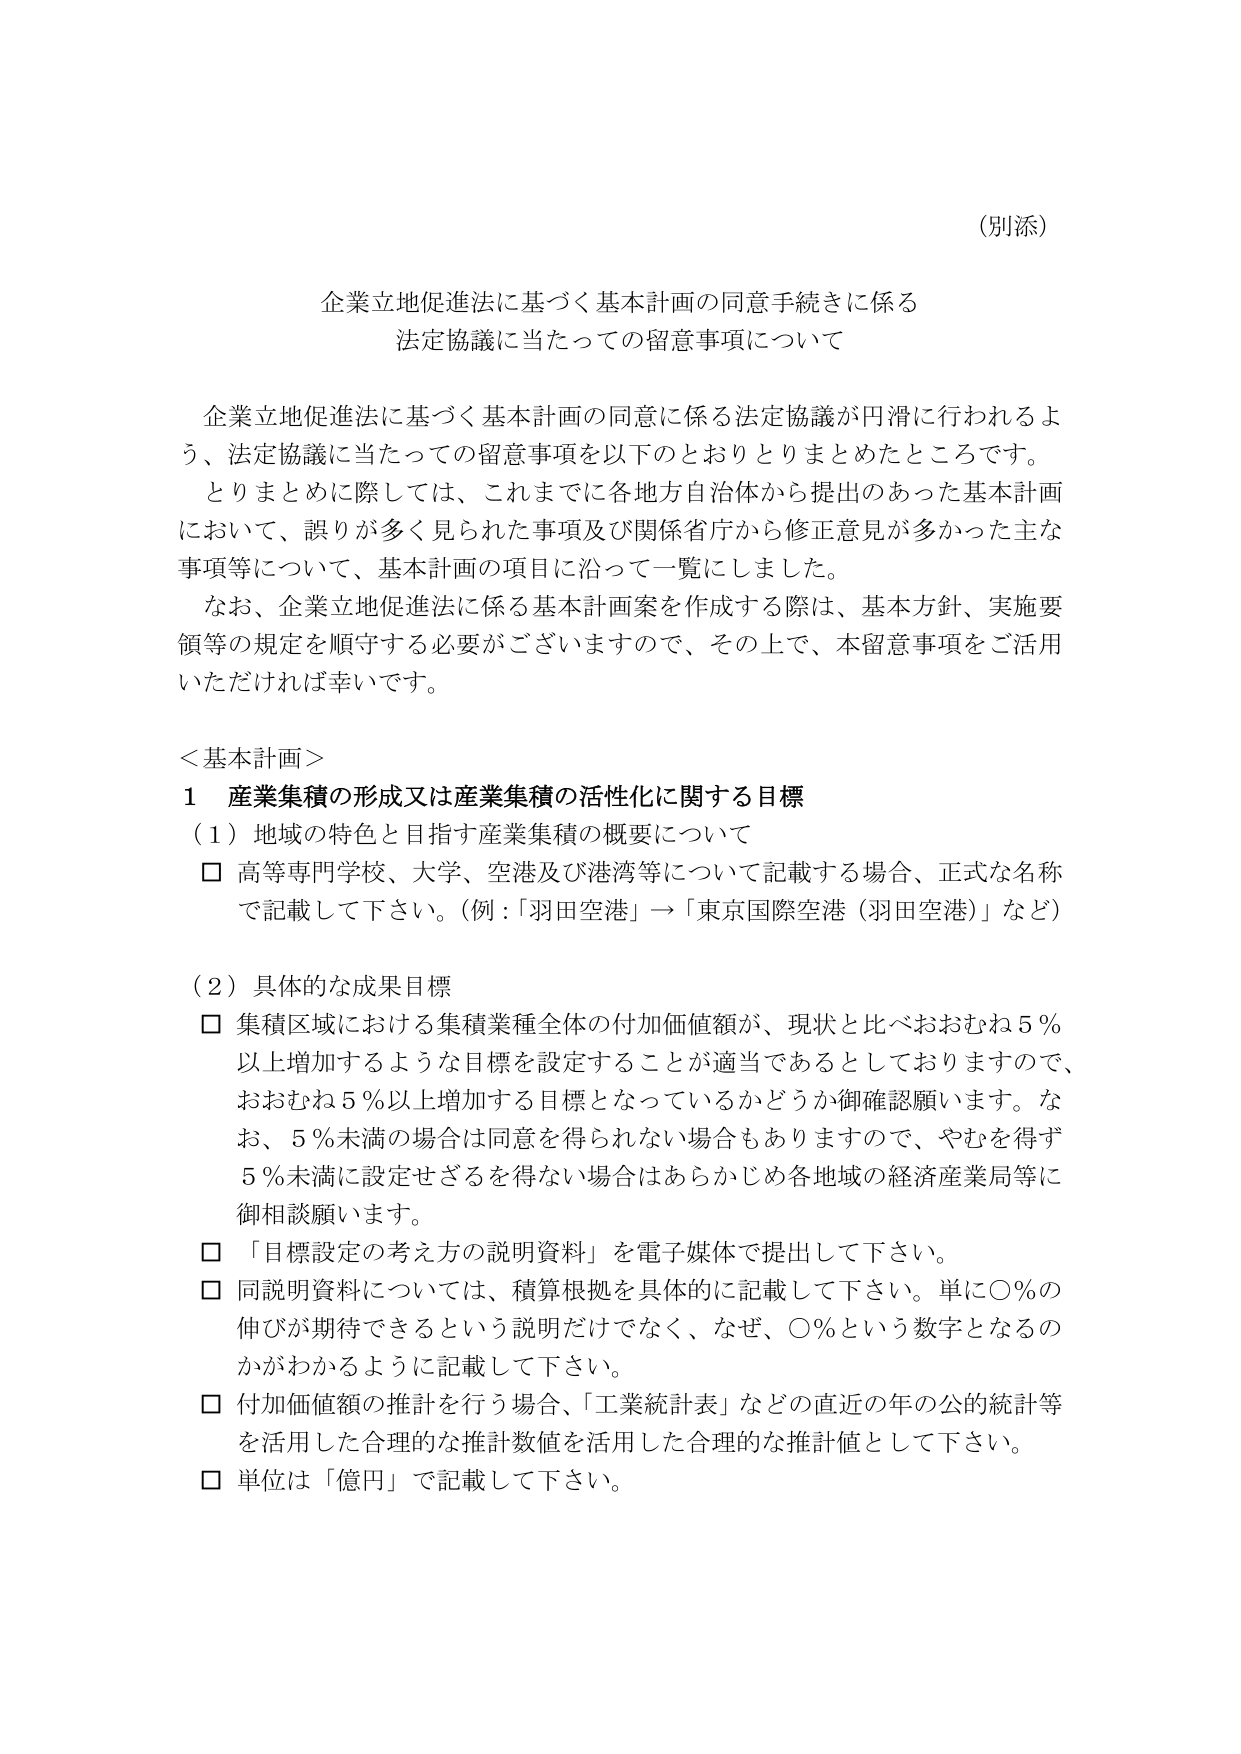
（別添）

企業立地促進法に基づく基本計画の同意手続きに係る
法定協議に当たっての留意事項について

企業立地促進法に基づく基本計画の同意に係る法定協議が円滑に行われるよう、法定協議に当たっての留意事項を以下のとおりとりまとめたところです。
とりまとめに際しては、これまでに各地方自治体から提出のあった基本計画において、誤りが多く見られた事項及び関係省庁から修正意見が多かった主な事項等について、基本計画の項目に沿って一覧にしました。
なお、企業立地促進法に係る基本計画案を作成する際は、基本方針、実施要領等の規定を順守する必要がございますので、その上で、本留意事項をご活用いただければ幸いです。

＜基本計画＞
1 産業集積の形成又は産業集積の活性化に関する目標
（1）地域の特色と目指す産業集積の概要について
□ 高等専門学校、大学、空港及び港湾等について記載する場合、正式な名称で記載して下さい。（例：「羽田空港」→「東京国際空港（羽田空港）」など）

（2）具体的な成果目標
□ 集積区域における集積業種全体の付加価値額が、現状と比べおおむね5％以上増加するような目標を設定することが適当であるとしておりますので、おおむね5％以上増加する目標となっているかどうか御確認願います。なお、5％未満の場合は同意を得られない場合もありますので、やむを得ず5％未満に設定せざるを得ない場合はあらかじめ各地域の経済産業局等に御相談願います。
□ 「目標設定の考え方の説明資料」を電子媒体で提出して下さい。
□ 同説明資料については、積算根拠を具体的に記載して下さい。単に〇％の伸びが期待できるという説明だけでなく、なぜ、〇％という数字となるのかがわかるように記載して下さい。
□ 付加価値額の推計を行う場合、「工業統計表」などの直近の年の公的統計等を活用した合理的な推計数値を活用した合理的な推計値として下さい。
□ 単位は「億円」で記載して下さい。